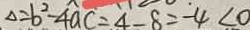
\Delta = b ^ { 2 } - 4 a c = 4 - 8 = - 4 < 0